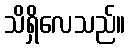
သိရှိလေသည်။